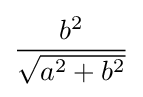
{\frac {b^{2}}{\sqrt {a^{2}+b^{2}}}}